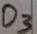
Text: D3